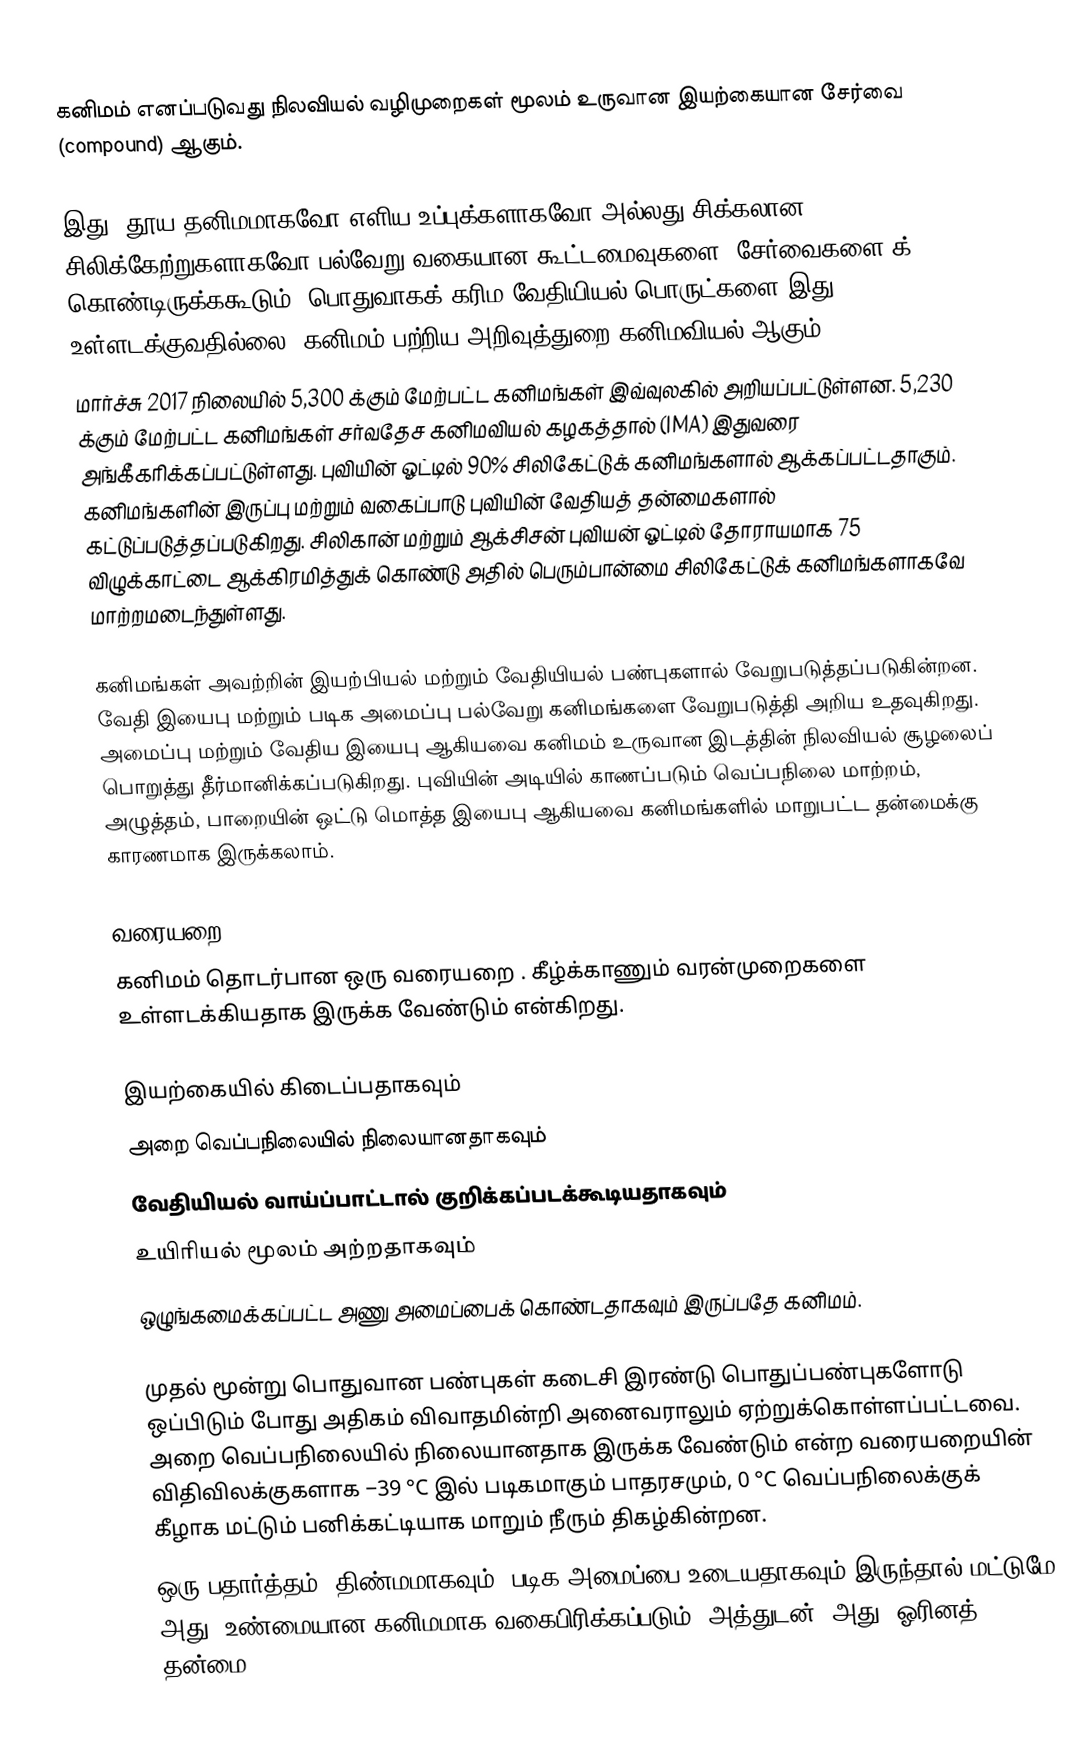
கனிமம் எனப்படுவது நிலவியல் வழிமுறைகள் மூலம் உருவான இயற்கையான சேர்வை (compound) ஆகும்.

இது, தூய தனிமமாகவோ எளிய உப்புக்களாகவோ அல்லது சிக்கலான சிலிக்கேற்றுகளாகவோ பல்வேறு வகையான கூட்டமைவுகளை (சேர்வைகளை)க் கொண்டிருக்ககூடும். பொதுவாகக் கரிம வேதியியல் பொருட்களை இது உள்ளடக்குவதில்லை. கனிமம் பற்றிய அறிவுத்துறை கனிமவியல் ஆகும்.
மார்ச்சு 2017 நிலையில் 5,300 க்கும் மேற்பட்ட கனிமங்கள் இவ்வுலகில் அறியப்பட்டுள்ளன. 5,230 க்கும் மேற்பட்ட கனிமங்கள் சர்வதேச கனிமவியல் கழகத்தால் (IMA) இதுவரை அங்கீகரிக்கப்பட்டுள்ளது. புவியின் ஓட்டில் 90% சிலிகேட்டுக் கனிமங்களால் ஆக்கப்பட்டதாகும். கனிமங்களின் இருப்பு மற்றும் வகைப்பாடு புவியின் வேதியத் தன்மைகளால் கட்டுப்படுத்தப்படுகிறது. சிலிகான் மற்றும் ஆக்சிசன் புவியன் ஓட்டில் தோராயமாக 75 விழுக்காட்டை ஆக்கிரமித்துக் கொண்டு அதில் பெரும்பான்மை சிலிகேட்டுக் கனிமங்களாகவே மாற்றமடைந்துள்ளது.

கனிமங்கள் அவற்றின் இயற்பியல் மற்றும் வேதியியல் பண்புகளால் வேறுபடுத்தப்படுகின்றன. வேதி இயைபு மற்றும் படிக அமைப்பு பல்வேறு கனிமங்களை வேறுபடுத்தி அறிய உதவுகிறது. அமைப்பு மற்றும் வேதிய இயைபு ஆகியவை கனிமம் உருவான இடத்தின் நிலவியல் சூழலைப் பொறுத்து   தீர்மானிக்கப்படுகிறது. புவியின் அடியில் காணப்படும் வெப்பநிலை மாற்றம், அழுத்தம், பாறையின் ஒட்டு மொத்த இயைபு ஆகியவை கனிமங்களில் மாறுபட்ட தன்மைக்கு காரணமாக இருக்கலாம்.

வரையறை
கனிமம் தொடர்பான ஒரு வரையறை  . கீழ்க்காணும் வரன்முறைகளை உள்ளடக்கியதாக இருக்க வேண்டும் என்கிறது.

 இயற்கையில் கிடைப்பதாகவும்
 அறை வெப்பநிலையில் நிலையானதாகவும்
 வேதியியல் வாய்ப்பாட்டால் குறிக்கப்படக்கூடியதாகவும்
 உயிரியல் மூலம் அற்றதாகவும்
 ஒழுங்கமைக்கப்பட்ட அணு அமைப்பைக் கொண்டதாகவும் இருப்பதே கனிமம்.

முதல் மூன்று பொதுவான பண்புகள் கடைசி இரண்டு பொதுப்பண்புகளோடு ஒப்பிடும் போது அதிகம் விவாதமின்றி அனைவராலும் ஏற்றுக்கொள்ளப்பட்டவை. அறை வெப்பநிலையில் நிலையானதாக இருக்க வேண்டும் என்ற வரையறையின் விதிவிலக்குகளாக −39 °C இல் படிகமாகும் பாதரசமும், 0 °C வெப்பநிலைக்குக் கீழாக மட்டும் பனிக்கட்டியாக மாறும் நீரும் திகழ்கின்றன.
ஒரு பதார்த்தம், திண்மமாகவும், படிக அமைப்பை உடையதாகவும் இருந்தால் மட்டுமே அது, உண்மையான கனிமமாக வகைபிரிக்கப்படும். அத்துடன், அது, ஓரினத் தன்மை (homo